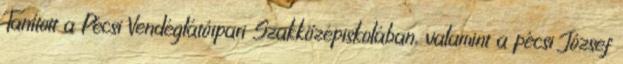
Tanított a Pécsi Vendéglátóipari Szakközépiskolában, valamint a pécsi József